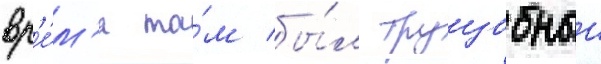
вр'е́м'я та́м бы́л трущобныи